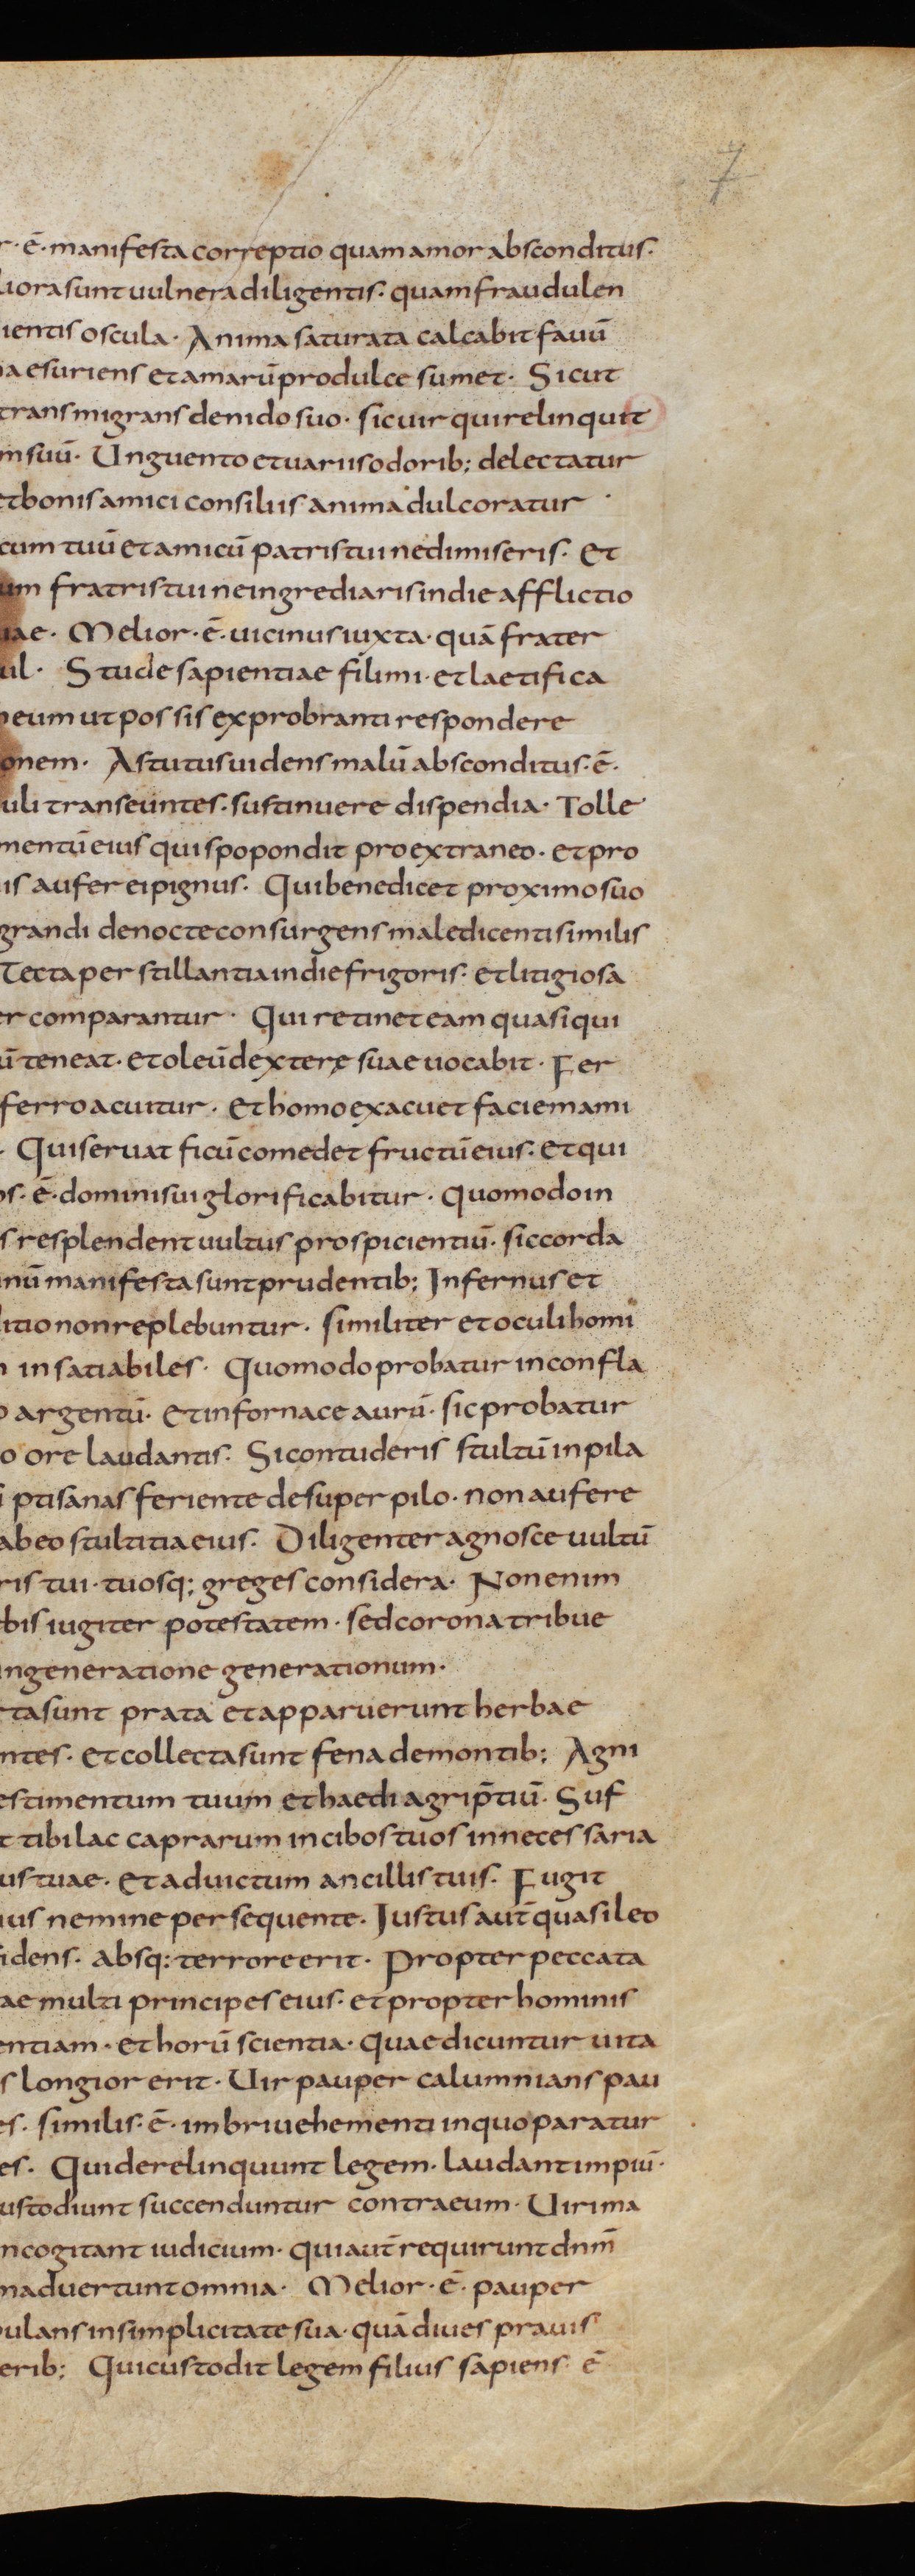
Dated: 805–845